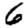
Digit: 6